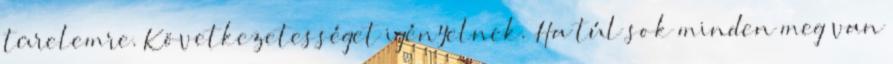
türelemre. Következetességet igényelnek. Ha túl sok minden meg van